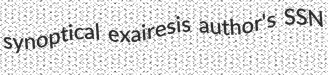
synoptical exairesis author's SSN